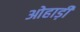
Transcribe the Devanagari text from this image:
ओहाड़ी